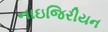
નાઇજિરીયન